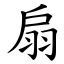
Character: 扇